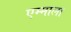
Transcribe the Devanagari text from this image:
एम्माला